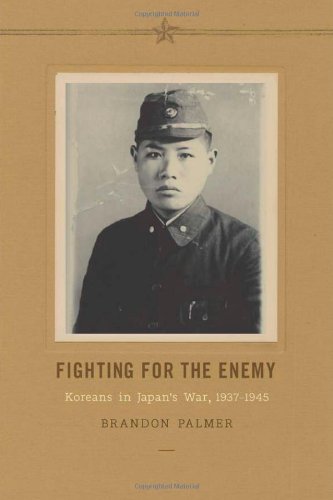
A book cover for Fighting for the Enemy: Koreans in Japan's War, 1937-1945 (Korean Studies of the Henry M. Jackson School of International Studies); Brandon Palmer; History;